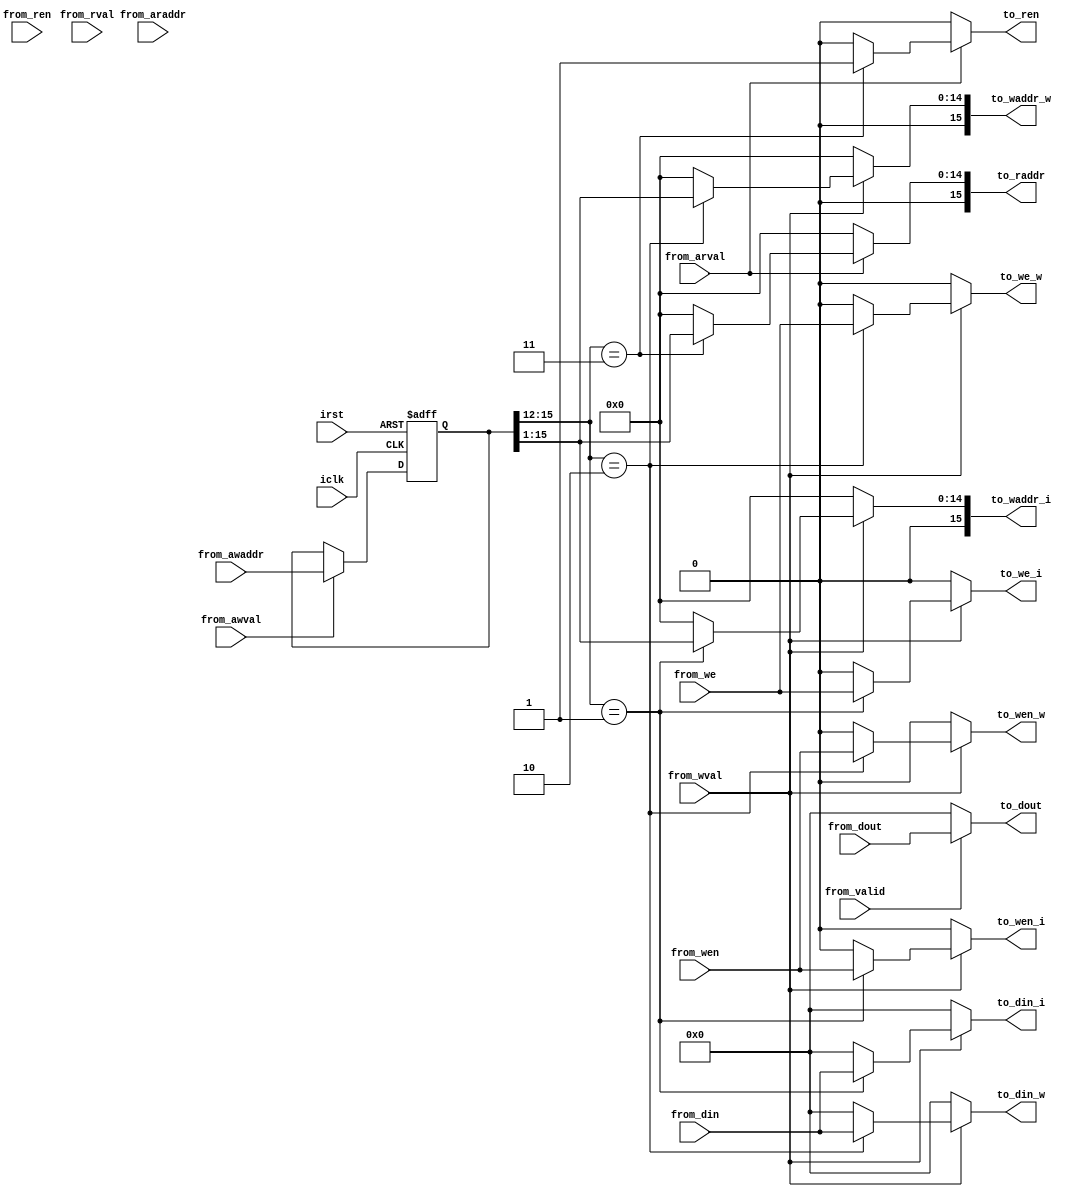
`timescale 1ns / 1ps
//////////////////////////////////////////////////////////////////////////////////
// Company: 
// Engineer: 
// 
// Design Name: 
// Module Name: addr_gen
// Project Name: 
// Target Devices: 
// Tool Versions: 
// Description: 
// 
// Dependencies: 
// 
// Revision:
// Revision 0.01 - File Created
// Additional Comments:
// 
//////////////////////////////////////////////////////////////////////////////////


module addr_gen #(
    parameter ADDR_WIDTH = 16,
    parameter DATA_WIDTH = 16
    )
    (
    input                               iclk,
    input                               irst,
    input                          from_wval,
    input                          from_rval,
    input                         from_awval,
    input                         from_arval,
    input                           from_ren,
    input                           from_wen,
    input                            from_we,
    input       [ADDR_WIDTH-1:0] from_awaddr,
    input       [DATA_WIDTH-1:0]    from_din,
    input       [ADDR_WIDTH-1:0] from_araddr,
    input                         from_valid,
    input       [DATA_WIDTH-1:0]   from_dout,
    output reg                      to_wen_i,
    output reg                       to_we_i,
    output reg [ADDR_WIDTH-1:0]   to_waddr_i,
    output reg [DATA_WIDTH-1:0]     to_din_i,
    output reg                      to_wen_w,
    output reg                       to_we_w,
    output reg [ADDR_WIDTH-1:0]   to_waddr_w,
    output reg [DATA_WIDTH-1:0]     to_din_w,
    output reg                        to_ren,
    output reg [ADDR_WIDTH-1:0]     to_raddr,
    output reg [DATA_WIDTH-1:0]      to_dout
    );
    
    reg   [ADDR_WIDTH-1:0] s_axi_awaddr_latched;
    reg   [ADDR_WIDTH-1:0] s_axi_araddr_latched;
    wire  [ADDR_WIDTH-1:1] addra;
    // prevent unintended address from master------------//
    always @(posedge iclk, negedge irst) begin
        if(!irst)
            s_axi_awaddr_latched <= 16'b0;
        else if(from_awval)
            s_axi_awaddr_latched <= from_awaddr; 
    end
    
    always @(posedge iclk, negedge irst) begin
        if(!irst)
            s_axi_araddr_latched <= 16'b0;
        else if(from_arval)
            s_axi_araddr_latched <= from_araddr; 
    end
    //--------------------------------------------------//
    
    // write address muxing ----------------------------//
    always @(*) begin
        if(from_wval) begin
            if(s_axi_awaddr_latched [15:12] == 4'h1) begin
                to_wen_i   = from_wen;
                to_we_i    = from_we;
                to_waddr_i = s_axi_awaddr_latched[15:1];
                to_din_i   = from_din;
            end 
            else begin
                to_wen_i   = 0;
                to_we_i    = 0;
                to_waddr_i = 0;
                to_din_i   = 0;         
            end
        end
        else begin
            to_wen_i   = 0;
            to_we_i    = 0;
            to_waddr_i = 0;
            to_din_i   = 0;
        end          
    end
    
    always @(*) begin
        if(from_wval) begin
            if(s_axi_awaddr_latched [15:12] == 4'h2) begin
                to_wen_w   = from_wen;
                to_we_w    = from_we;
                to_waddr_w = s_axi_awaddr_latched[15:1];
                to_din_w   = from_din;
            end 
            else begin
                to_wen_w   = 0;
                to_we_w    = 0;
                to_waddr_w = 0;
                to_din_w   = 0;         
            end
        end
        else begin
            to_wen_w   = 0;
            to_we_w    = 0;
            to_waddr_w = 0;
            to_din_w   = 0;
        end          
    end       
    //--------------------------------------------------//
    
    // read address muxing------------------------------//
    always @(*) begin
        if(from_arval) begin
            if(s_axi_awaddr_latched [15:12] == 4'h3) begin
                to_ren   = from_arval;
                to_raddr = s_axi_awaddr_latched[15:1];
            end
            else begin
                to_ren   = 0;
                to_raddr = 0;
            end
        end
        else begin
            to_ren   = 0;
            to_raddr = 0;
        end
    end
    //--------------------------------------------------//
    
    // Data out control---------------------------------//
    always @(*) begin
        if(from_valid)
            to_dout = from_dout;
        else
            to_dout = 0;
    end
    //--------------------------------------------------//
    
endmodule